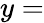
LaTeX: y=